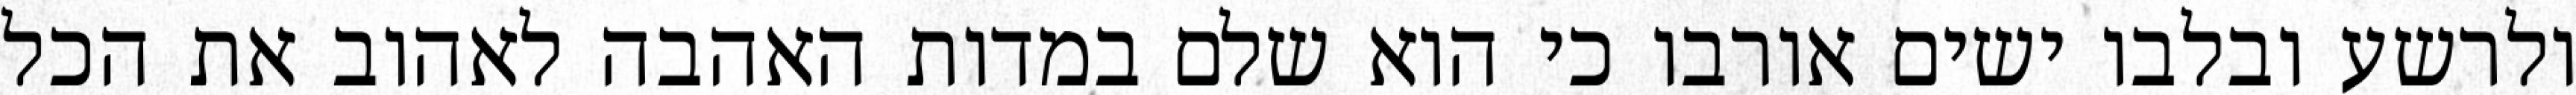
ולרשע ובלבו ישים אורבו כי הוא שלם במדות האהבה לאהוב את הכל